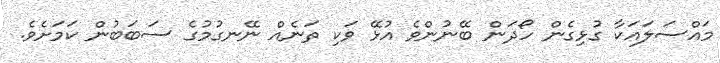
މައްސަލައަކާ ގުޅިގެން ހޯދަން ބޭނުންވެ އުޅޭ ވަކި ތަނެއް ނޭނގުމުގެ ސަބަބުން ކަމަށެވެ.